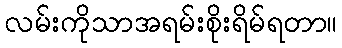
လမ်းကိုသာအရမ်းစိုးရိမ်ရတာ။